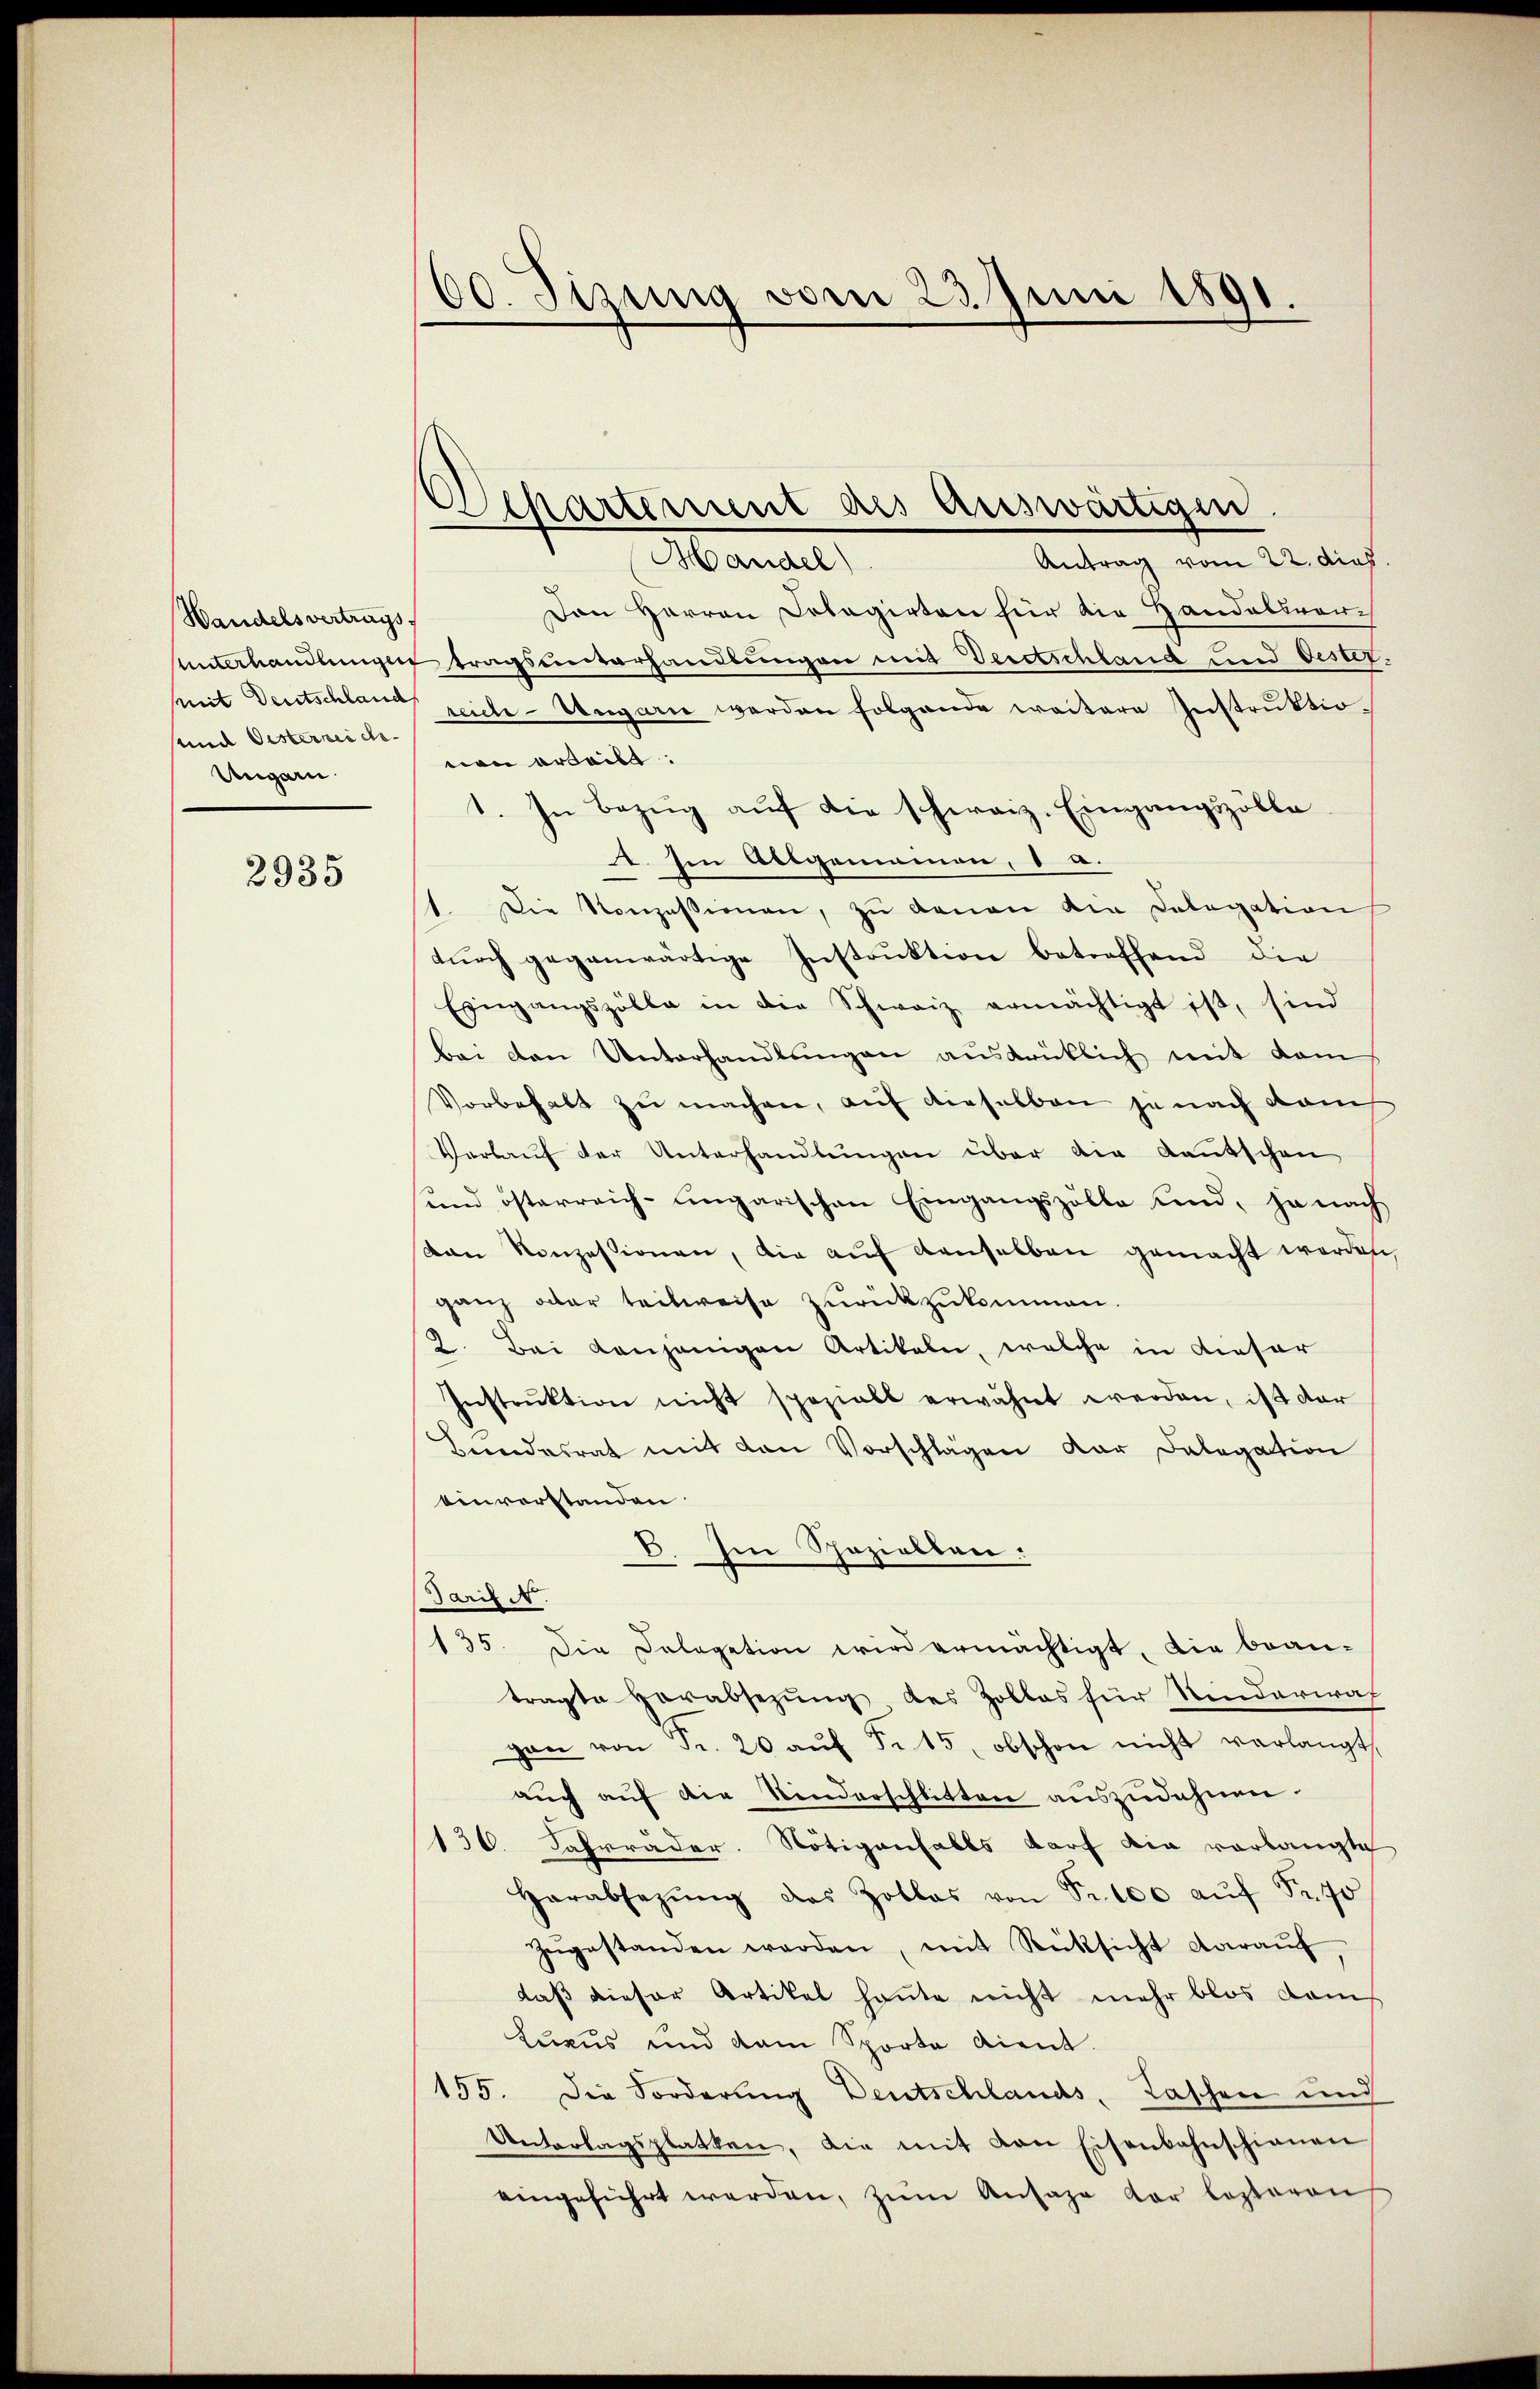
Wandels vertrags
und Oesterreich
Ungarn.

2935

00. Jizung vom 23. Juni 1891
.

Departement des Auswärtigen

Handel
Antrag vom 22. dies
Den Herren Delegirten hier die Handelsvor¬
Unterhandlungen tragsunterhandlungen mit Veretschland und Oestermit Deutschland reich Ungarn werden folgende weitere Instruktiovon erteilt:
1. In Bezug auf die schweiz. Eingangszölle
1. Ein Allgemeinen, 8 u.
1. Die Konzessionen, zu genen die Cologation
durch gegenwärtige Instruktion betreffend die
Eingangszölle in die Schweiz ermächtigt ist, sind
bei den Unterhandlungen ausdrücklich mit dem
Vorbehalt zu machen, auf dieselben je nach dam
Verlaŭf der Unterhandlŭngen über die Kautschen
und österreich-ungarischen Eingangszölle und, ja nach
van Konzessionen, die auf denselben gemacht werden,
ganz oder teilweise zurückzukommen.
2. Bei denjenigen Artikeln, welche in dieser
Instrŭktion nicht spezielt erwähnt werden, ist dar
Bundesrat mit den Vorschlägen dar Delegation
einverstanden
B. Im Speziellen:
Tarif N.
135. Die Cologation wird ermächtigt, die bean-
tragte Herabsezung des Zollos für Kinderwah
gan von Fr. 20 aŭf Fr. 15, obschon nicht verlangt,
aŭch aŭf die Kinderschlitten aŭszŭdahnen.
136. Fahrräder. Nötigenfalls darf die vorlangte
Herabsezŭng des Zollas von Fr. 100 aŭf Fr. 70
zŭgestanden werden, mit Rücksicht darauf
daß dieser Artikel heute nicht mehr blos Komis
Luxus und dem Sporte dient.
155. Die Forderung Deutschlands, Taschen und
Untertagsplatten, die mit von Eisenbahnschienen
eingeführt werden, zŭm Ansage vor lezteren